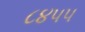
૮૪૫૫